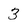
Character: 3